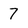
Character: 7